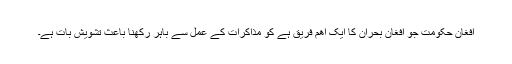
افغان حکومت جو افغان بحران کا ایک اھم فریق ہے کو مذاکرات کے عمل سے باہر رکھنا باعث تشویش بات ہے۔